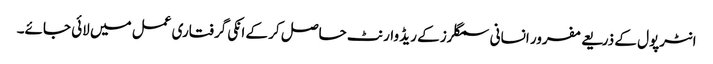
انٹرپول کے ذریعے مفرور انسانی سمگلرز کے ریڈ وارنٹ حاصل کر کے انکی گرفتاری عمل میں لائی جائے۔